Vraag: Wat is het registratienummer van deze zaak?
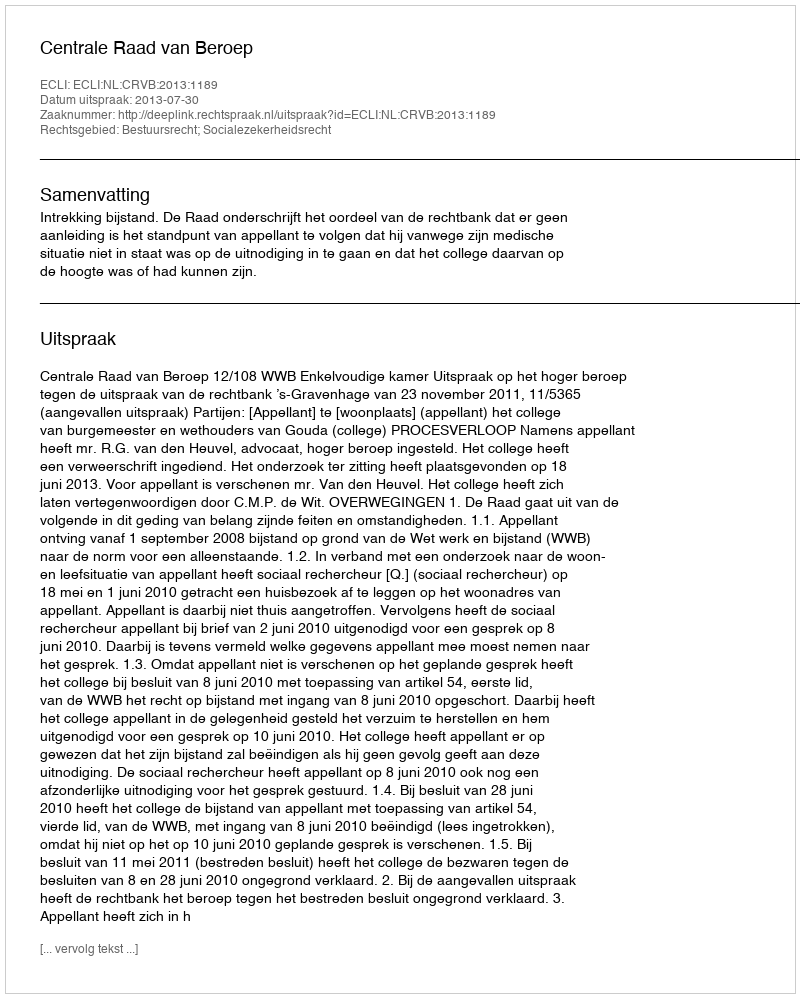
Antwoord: http://deeplink.rechtspraak.nl/uitspraak?id=ECLI:NL:CRVB:2013:1189